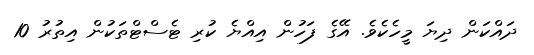
ދައްކަން ދިޔަ މީހެކެވެ. އޭގެ ފަހުން އިއްޔެ ކުރި ޓެސްޓްތަކުން އިތުރު 10